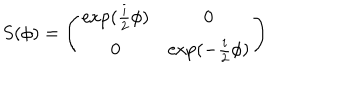
S ( \phi ) = \left( \begin{array} { c c } { { \exp ( \frac { i } { 2 } \phi ) } } & { { 0 } } \\ { { 0 } } & { { \exp ( - \frac { i } { 2 } \phi ) } } \\ \end{array} \right)